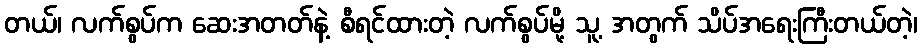
တယ်၊ လက်စွပ်က ဆေးအတတ်နဲ့ စီရင်ထားတဲ့ လက်စွပ်မို့ သူ့ အတွက် သိပ်အရေးကြီးတယ်တဲ့၊